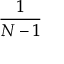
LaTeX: \frac { 1 } { N - 1 }